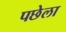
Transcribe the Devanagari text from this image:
पछेला